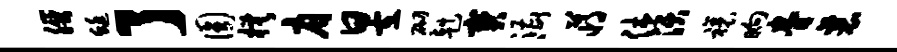
朕蜓了圆模肩昱砌赳宝漕心蒋休沃禳晌眷襄